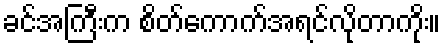
ခင်အကြီးက စိတ်ကောက်အရင်လိုတာကိုး။